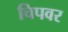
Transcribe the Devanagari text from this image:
चिपवर